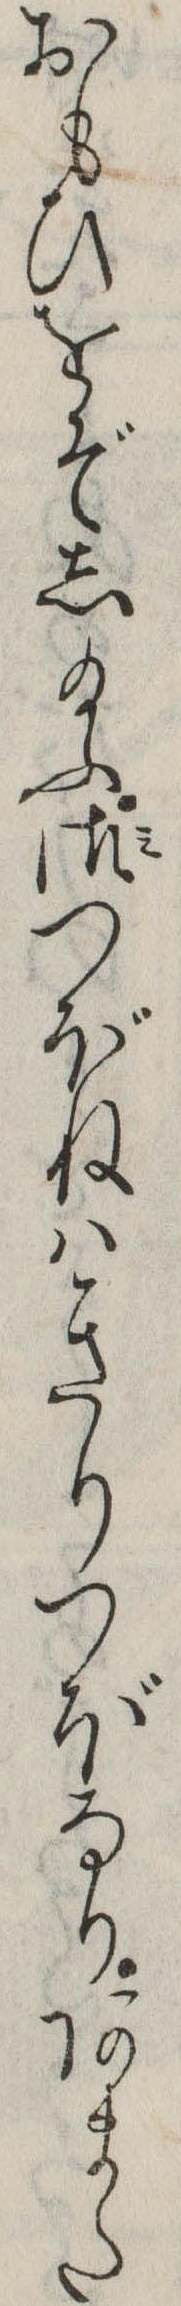
おもひをぞし給ふ御つぼねはきりつぼなりあまた